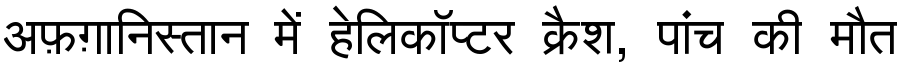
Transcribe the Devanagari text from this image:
अफ़ग़ानिस्तान में हेलिकॉप्टर क्रैश, पांच की मौत